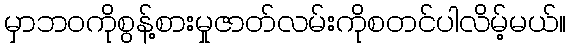
မှာဘဝကိုစွန့်စားမှုဇာတ်လမ်းကိုစတင်ပါလိမ့်မယ်။